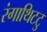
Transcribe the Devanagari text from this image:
रंगाथिटटु